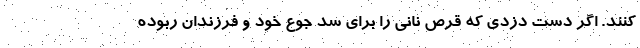
‌کنند. اگر دست دزدی که قرص نانی را برای سد جوع خود و فرزندان ربوده